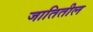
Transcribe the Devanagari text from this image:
जातितील